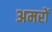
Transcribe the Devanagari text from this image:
अमरों